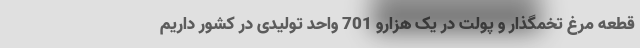
قطعه مرغ تخمگذار و پولت در یک هزارو 701 واحد تولیدی در کشور داریم